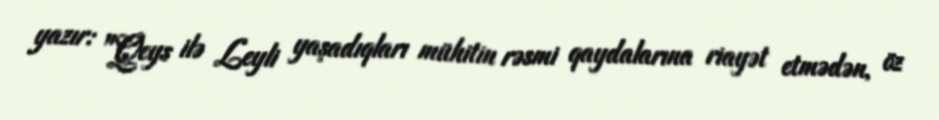
yazır: "Qeys ilə Leyli yaşadıqları mühitin rəsmi qaydalarına riayət etmədən, öz